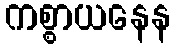
ကစ္စာယနေန